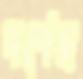
দর্শেছ